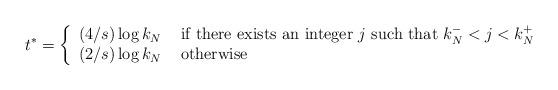
LaTeX: \begin{align*}t^* = \left\{\begin{array}{ll} (4/s) \log k_N & \mbox{ if there exists an integer $j$ such that }k_N^- < j < k_N^+ \\(2/s) \log k_N & \mbox{ otherwise}\end{array} \right.\end{align*}